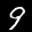
Label: 9